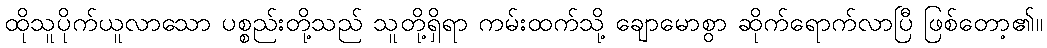
ထိုသူပိုက်ယူလာသော ပစ္စည်းတို့သည် သူတို့ရှိရာ ကမ်းထက်သို့ ချောမောစွာ ဆိုက်ရောက်လာပြီ ဖြစ်တော့၏။